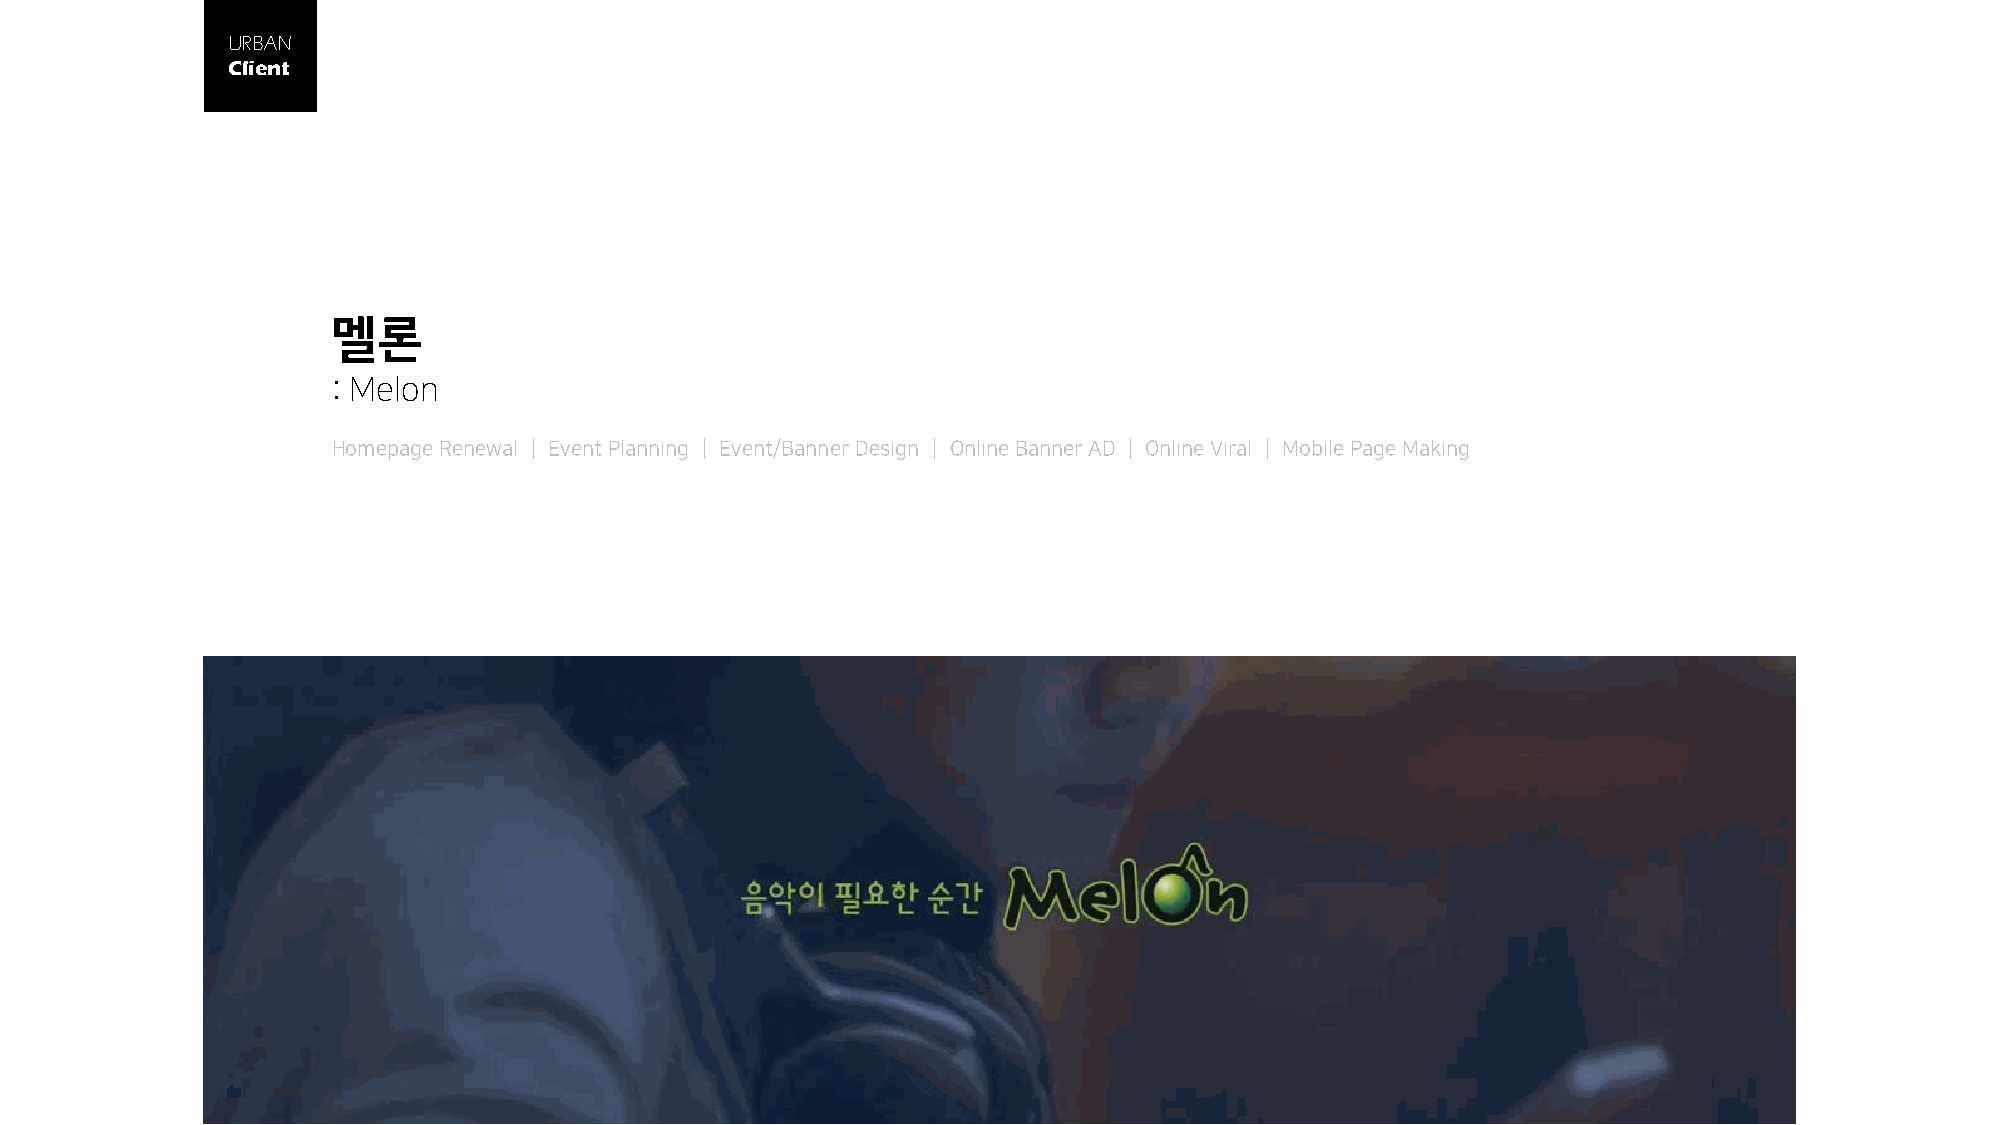
URBAN
 Client
 멜론
 : Melon
 Homepage Renewal │ Event Planning │ Event/Banner Design │ Online Banner AD │ Online Viral │ Mobile Page Making